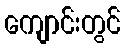
ကျောင်းတွင်